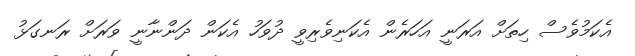
އެކަމުވެސް ހިތަށް އަރަނީ އަހަރެން އެކަނިވެރިވީ ދުވަހު އެކަން ދަންނާނީ ވަރަށް ރަނގަޅު